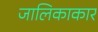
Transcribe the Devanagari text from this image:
जालिकाकार